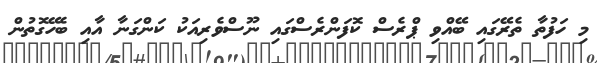
މި ހަފުތާ ތެރޭގައި ބޭއްވި ޕްރެސް ކޮފަންރެސްގައި ނޫސްވެރިއަކު ކަންގަނާ އާއި ބެހޭގޮތުން